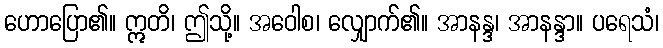
ဟောပြော၏။ ဣတိ၊ ဤသို့။ အဝေါစ၊ လျှောက်၏။ အာနန္ဒ၊ အာနန္ဒာ။ ပရေသံ၊